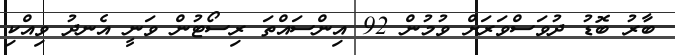
ބާރު ބޮޑު ދުވަސްވަރަށް ވުމުން 92 އިންސައްތަ ރިސޯޓުން ވަނީ އެނދު ވިއްކި